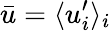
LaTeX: \bar{u}=\langle u_{i}^{\prime}\rangle_{i}